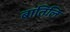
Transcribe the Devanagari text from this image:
बातिलि